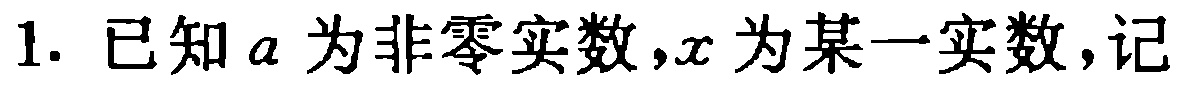
1. 已知\(a\)为非零实数，\(x\)为某一实数，记